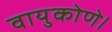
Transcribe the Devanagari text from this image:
वायुकोणे।